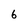
Character: 6